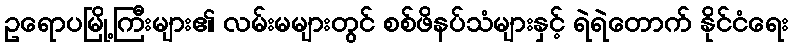
ဥရောပမြို့ကြီးများ၏ လမ်းမများတွင် စစ်ဖိနပ်သံများနှင့် ရဲရဲတောက် နိုင်ငံရေး